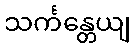
သင်္ကန္တေယျ